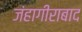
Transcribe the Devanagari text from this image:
जंहागीराबाद